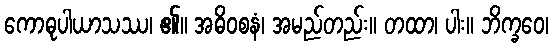
ကောဓုပါယာသဿ၊ ၏။ အဓိဝစနံ၊ အမည်တည်း။ တထာ၊ ပါး။ ဘိက္ခဝေ၊